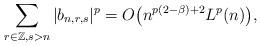
LaTeX: \begin{align*}\sum_{r\in \mathbb{Z}, s>n}|b_{n,r,s}|^p=O\big(n^{p(2-\beta)+2}L^p(n)\big), \end{align*}